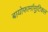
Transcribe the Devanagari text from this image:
बायोफार्मासुटिकल